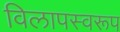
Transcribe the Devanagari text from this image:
विलापस्वरूप